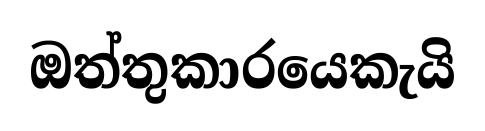
ඔත්තුකාරයෙකැයි